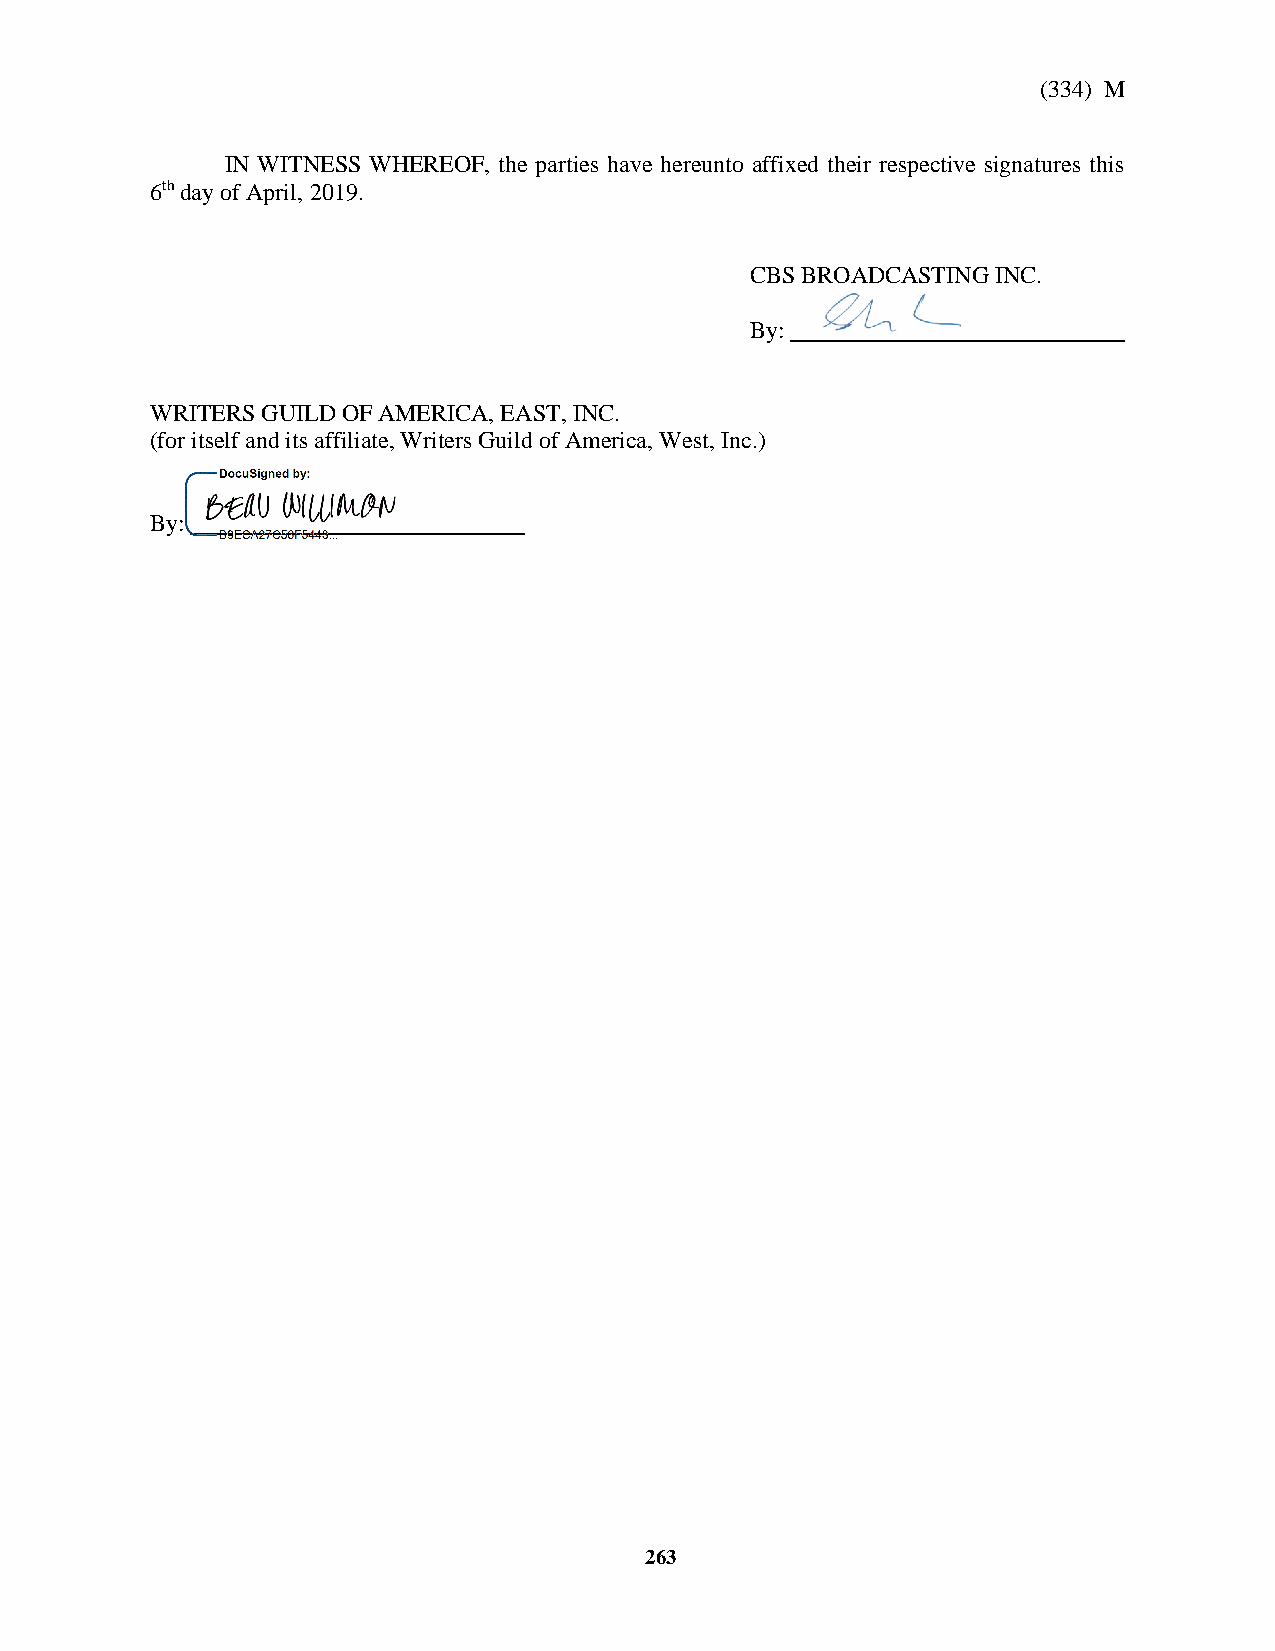
(334) M
 IN WITNESS WHEREOF, the parties have hereunto affixed their respective signatures this
 6th day of April, 2019.
 CBS BROADCASTING INC.
 By:
 WRITERS GUILD OF AMERICA, EAST, INC.
 (for itself and its affiliate, Writers Guild of America, West, Inc.)
 By:
 263